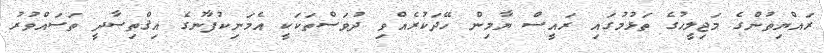
ރައްޔިތުންގެ މަޖިލީހުގެ ތަޅުމުގައި ރައީސް ޔާމިން ހޭދަކުރެއްވި ދުވަސްތަކަކީ އެމަނިކުފާނުގެ އިޤްތިޞާދީ ތަސައްވުރު